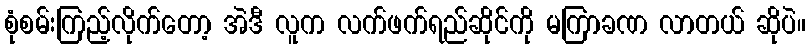
စုံစမ်းကြည့်လိုက်တော့ အဲဒီ လူက လက်ဖက်ရည်ဆိုင်ကို မကြာခဏ လာတယ် ဆိုပဲ။